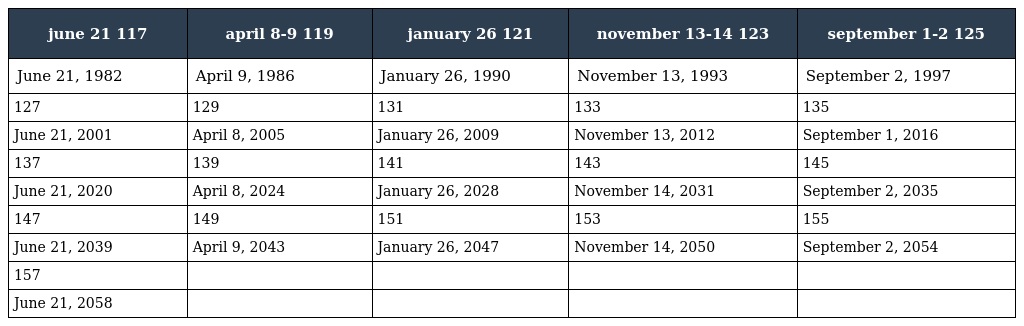
| june 21 117 | april 8-9 119 | january 26 121 | november 13-14 123 | september 1-2 125 |
 | --- | --- | --- | --- | --- |
 | June 21, 1982 | April 9, 1986 | January 26, 1990 | November 13, 1993 | September 2, 1997 |
 | 127 | 129 | 131 | 133 | 135 |
 | June 21, 2001 | April 8, 2005 | January 26, 2009 | November 13, 2012 | September 1, 2016 |
 | 137 | 139 | 141 | 143 | 145 |
 | June 21, 2020 | April 8, 2024 | January 26, 2028 | November 14, 2031 | September 2, 2035 |
 | 147 | 149 | 151 | 153 | 155 |
 | June 21, 2039 | April 9, 2043 | January 26, 2047 | November 14, 2050 | September 2, 2054 |
 | 157 |  |  |  |  |
 | June 21, 2058 |  |  |  |  |